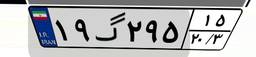
۱۹گ۲۹۵۱۵